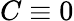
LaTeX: C\equiv 0